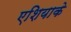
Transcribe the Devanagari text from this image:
एशियाके